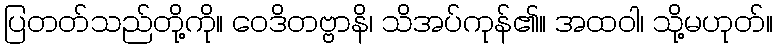
ပြတတ်သည်တို့ကို။ ဝေဒိတဗ္ဗာနိ၊ သိအပ်ကုန်၏။ အထဝါ၊ သို့မဟုတ်။